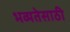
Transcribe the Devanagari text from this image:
भव्यतेसाठी